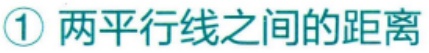
\textcircled{1} 两平行线之间的距离